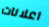
اعلانات